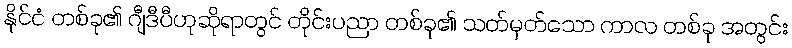
နိုင်ငံ တစ်ခု၏ ဂျီဒီပီဟုဆိုရာတွင် တိုင်းပညာ တစ်ခု၏ သတ်မှတ်သော ကာလ တစ်ခု အတွင်း